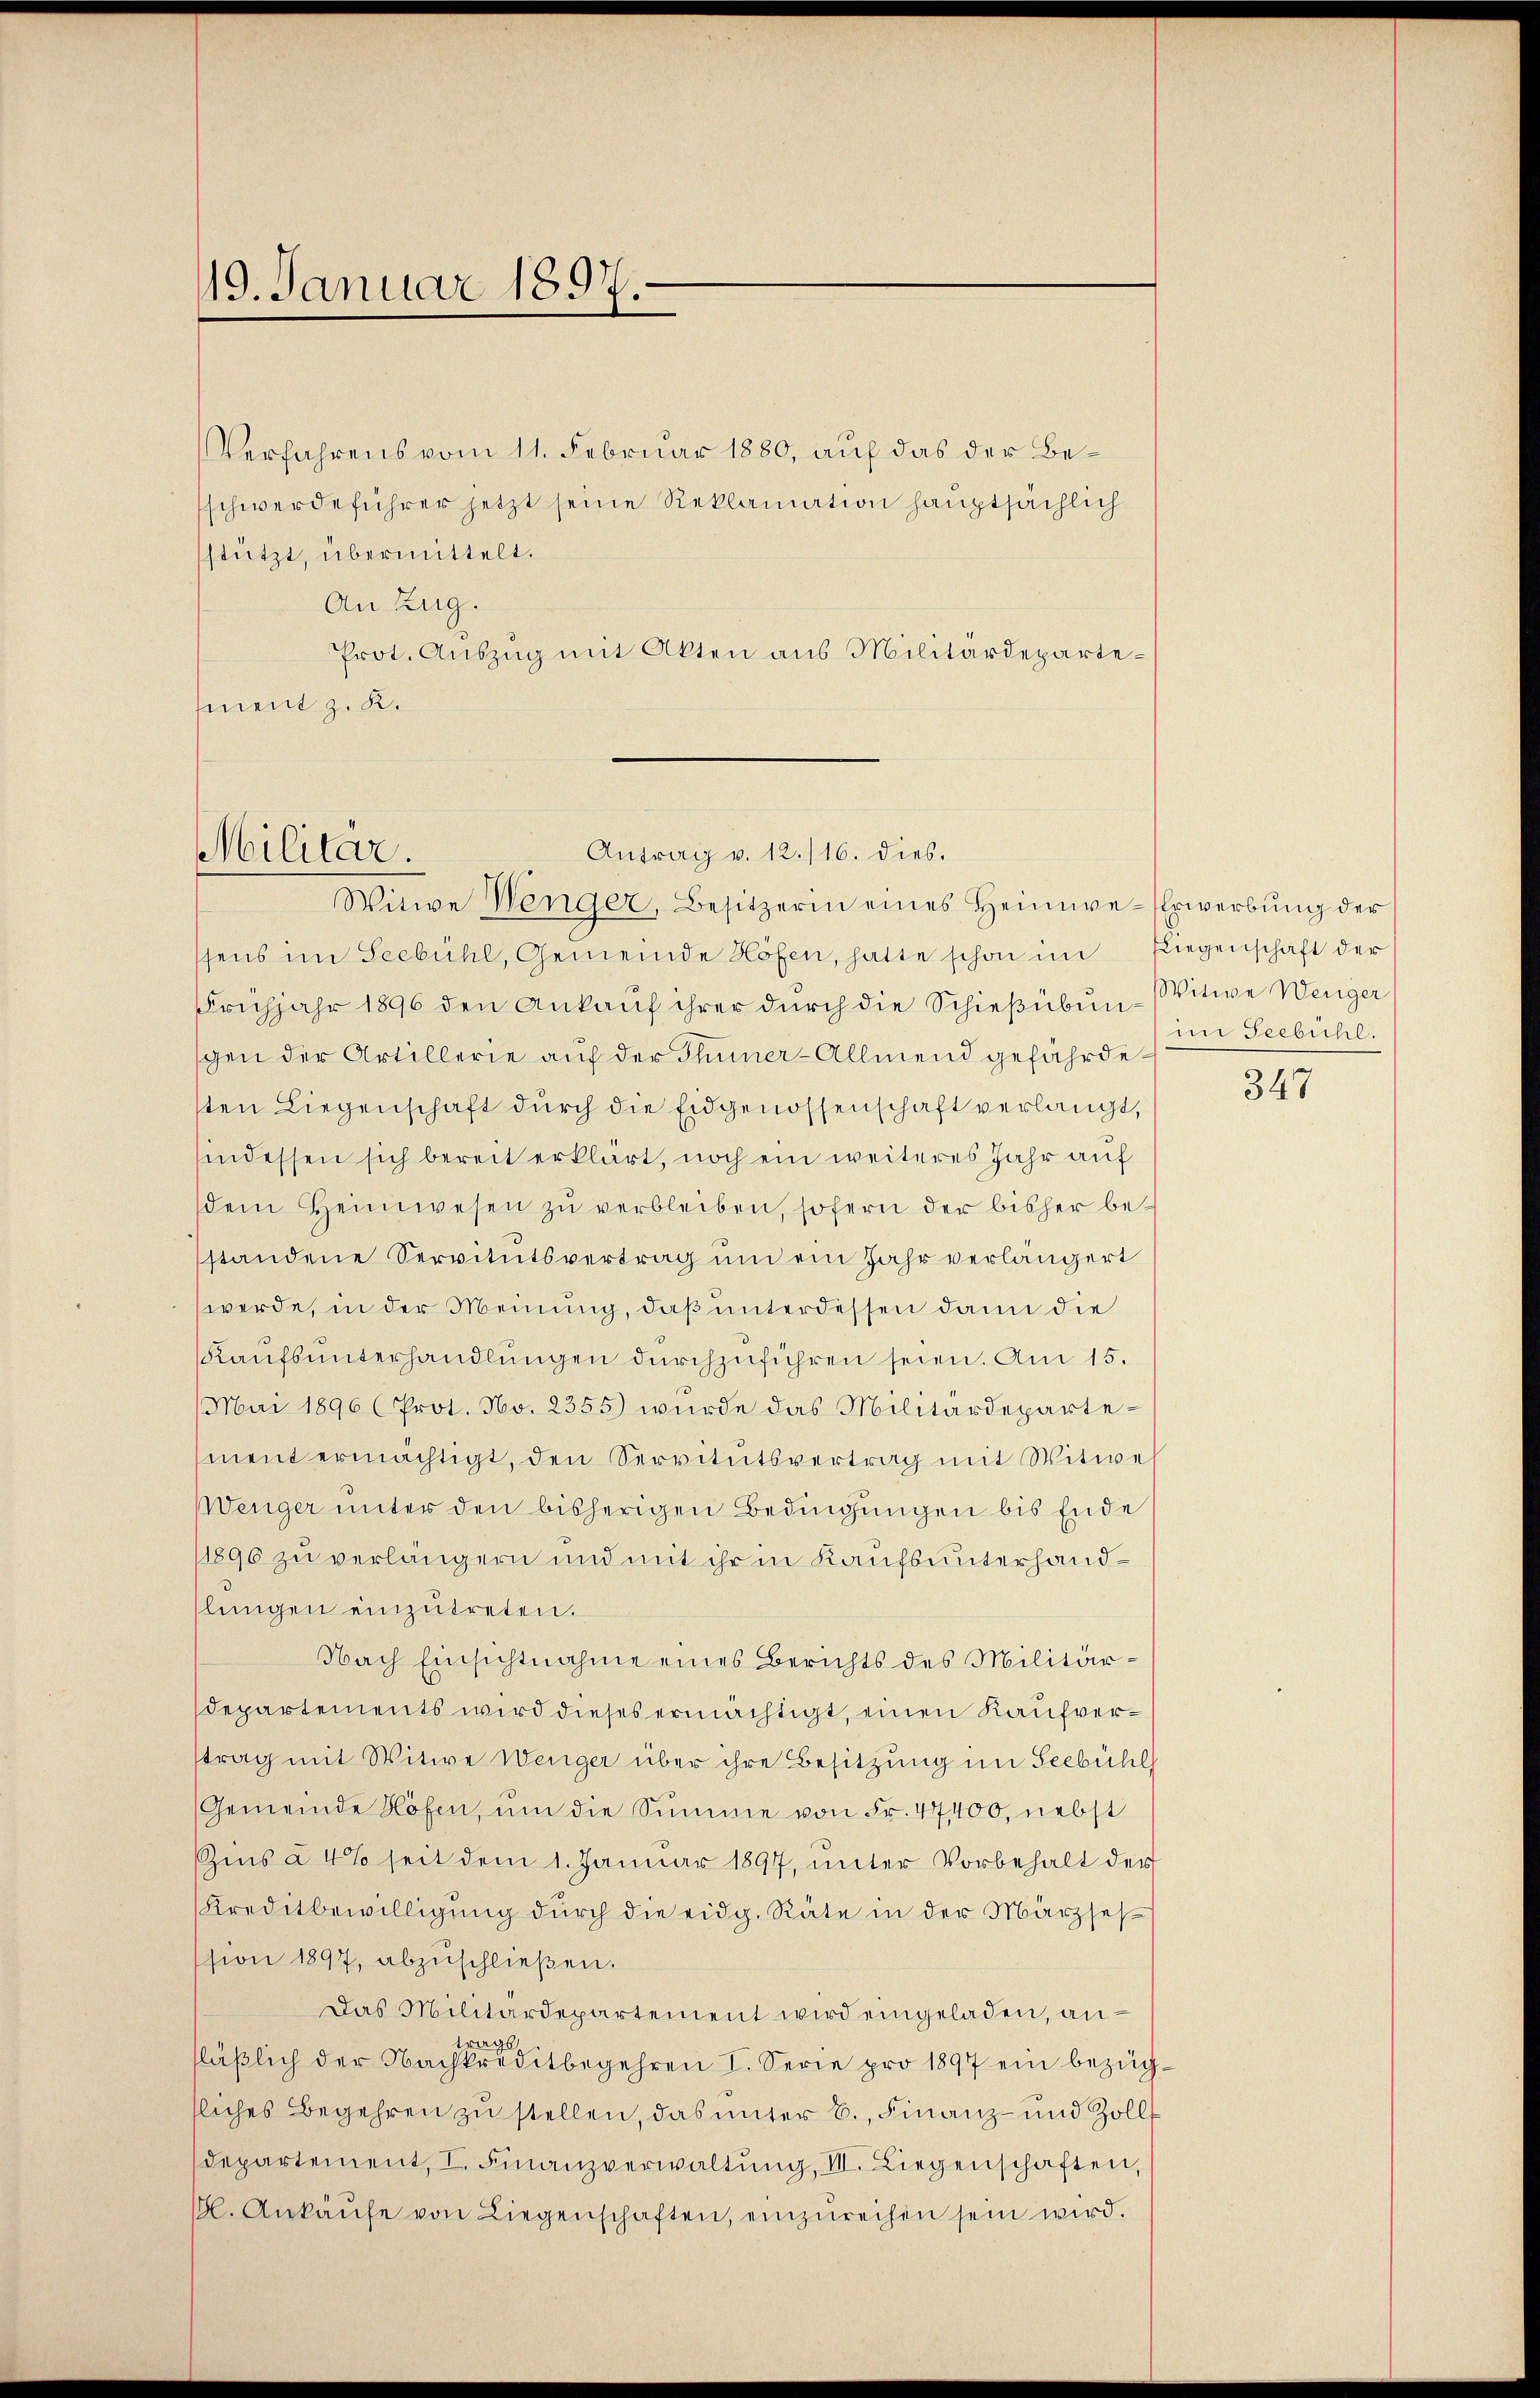
19. Januar 1897.

Antrag v. 12./16. dies.
Militar.
Witwe Wenger, Besitzerin eines Heimwe-Erwerbŭng der

Verfahrens vom 11. Februar 1880, auf das der Beschwerdeführer jetzt seine Reklamation hauptsächlich
stützt, übermittelt.
An Zug.
Prot. Auszug mit Akten aus Militärdepartement z. K.

ssens im Seebühl, Gemeinde Höfen, hatte schon im Fliegenschaft der
Frühjahr 1896 den Ankauf ihrer durch die Schießübun - Witwe Wenger
gen der Artillerie auf der Thuner-Allmend gefährdesten Liegenschaft durch die Eidgenossenschaft verlangt,
sindessen sich bereit erklärt, noch ein weiteres Jahr auf
dem Heimwesen zu verbleiben, sofern der bisher bestandene Servitutsvertrag um ein Jahr verlängert
werde, in der Meinung, daß unterdessen dann die
Kaŭfsŭnterhandlŭngen dŭrchzŭführen seien. Am 15.
(Mai 1896 (Prot. No. 2355) wurde das Militärdepartement ermächtigt, den Servitutsvertrag mit Witwe
Wenger unter den bisherigen Bedingungen bis Ende
1896 zu verlängern und mit ihr in Kaufsunterhandslungen einzutreten.
Nach Einsichtnahme eines Berichts des Militär¬
Departements wird dieses ermächtigt, einen Kaufverstrag mit Witwe Wenger über ihre Besitzung im Seebühl
Gemeinde Höfen, um die Summe von Fr. 47,400, nebst
Zins à 4% seit dem 1. Januar 1897, unter Vorbehalt der
Kreditbewilligung durch die eidg. Räte in der Märzsesssion 1897, abzuschließen.
Das Militärdepartement wird eingeladen, antrafläßlich der Nachkreditbegehren I. Serie pro 1897 ein bezügsliches Begehren zu stellen, das unter B., Finanz- und Zolls
departement, I. Finanzverwaltŭng, II. Liegenschaften,
/. Ankaŭfe von Liegenschaften, einzŭreihen sein wird.

in Teebichl.

347